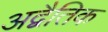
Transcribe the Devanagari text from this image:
अद्वैतिक